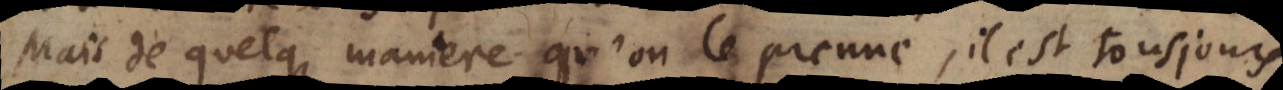
Mais de quelque maniere qu’on le prenne, il est tousjours